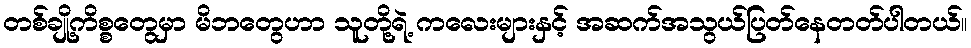
တစ်ချို့ကိစ္စတွေမှာ မိဘတွေဟာ သူတို့ရဲ့ ကလေးများနှင့် အဆက်အသွယ်ပြတ်နေတတ်ပါတယ်။